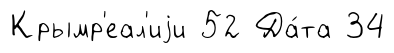
Крымр'еал'иjи 52 Да́та 34